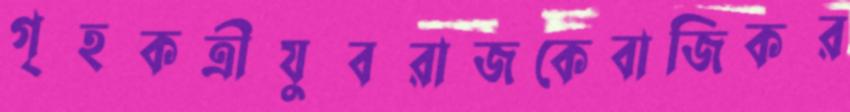
গৃহকত্রীযুবরাজকেবাজিকর